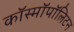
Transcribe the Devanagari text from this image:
कॉस्मॉपॉलिटन